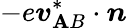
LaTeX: -e{\boldsymbol{v}}_{\mathbf{A}B}^{*}\cdot{\boldsymbol{n}}